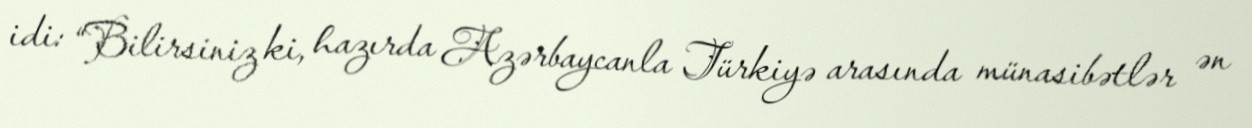
idi: “Bilirsiniz ki, hazırda Azərbaycanla Türkiyə arasında münasibətlər ən